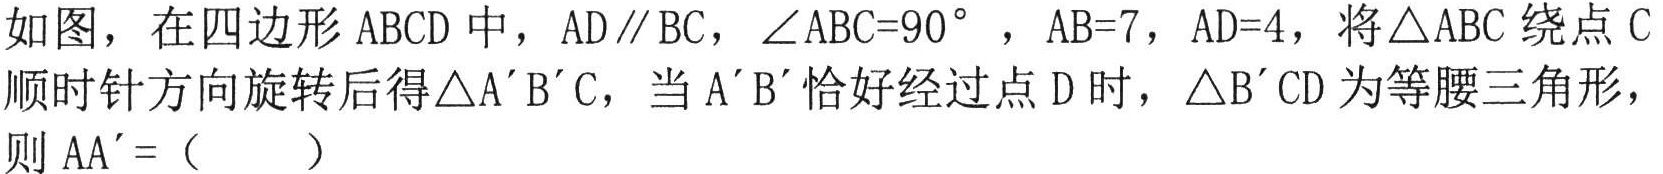
如图，在四边形\(ABCD\)中，\(AD\parallel BC\)，\(\angle ABC = 90^{\circ}\)，\(AB = 7\)，\(AD = 4\)，将\(\triangle ABC\)绕点\(C\)顺时针方向旋转后得\(\triangle A'B'C\)，当\(A'B'\)恰好经过点\(D\)时，\(\triangle B'CD\)为等腰三角形，则\(AA'=\)（  ）